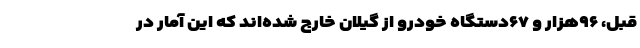
قبل، ۹۶هزار و ۶۷دستگاه خودرو از گیلان خارج شده‌اند که این آمار در